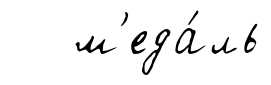
м'еда́ль